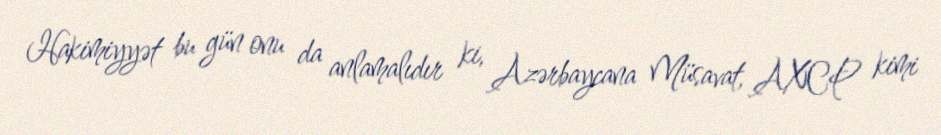
Hakimiyyət bu gün onu da anlamalıdır ki, Azərbaycana Müsavat, AXCP kimi